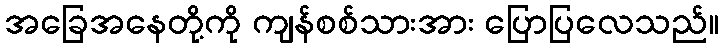
အခြေအနေတို့ကို ကျန်စစ်သားအား ပြောပြလေသည်။